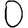
Digit: 0